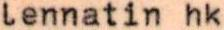
lennatin hk